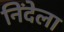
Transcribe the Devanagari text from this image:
निंदेला